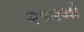
૨૧૨મો